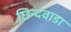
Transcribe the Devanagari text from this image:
छिन्दवाडा